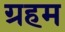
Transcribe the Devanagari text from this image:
ग्रहम